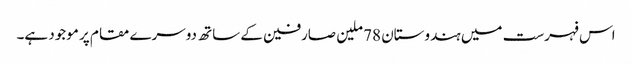
اس فہرست میں ہندوستان 78 ملین صارفین کے ساتھ دوسرے مقام پر موجود ہے۔